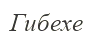
Гибехе